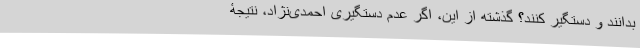
بدانند و دستگیر کنند؟ گذشته از این، اگر عدم دستگیری احمدی‌نژاد، نتیجۀ